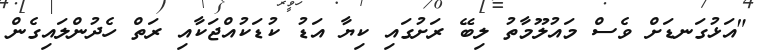
"އަޅުގަނޑަށް ވެސް މައުލޫމާތު ލިބޭ ރަށުގައި ކިޔާ އަޑު ކުޑަކުއްޖަކާއި ރަތް ހެދުންލައިގެން